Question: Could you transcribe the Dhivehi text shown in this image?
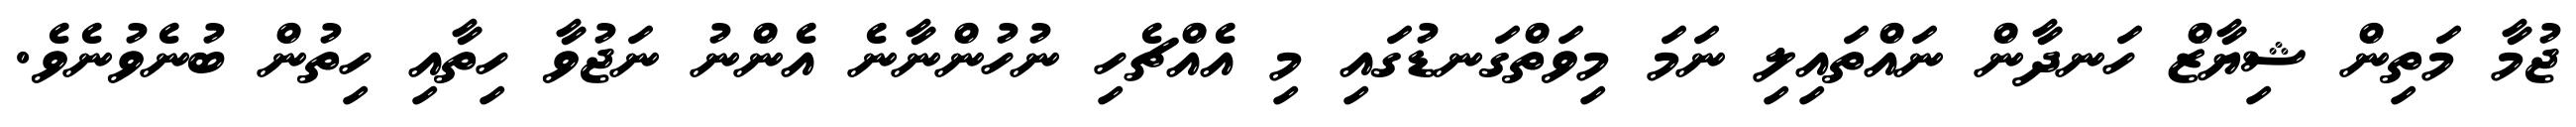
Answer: ޖުމާ މަތިން ޝިޔާޒް ހަނދާން ނައްތައިލި ނަމަ މިވަތްގަނޑުގައި މި އެއްޗެހި ނުހުންނާނެ އެންނު ނަޖުވާ ހިތާއި ހިތުން ބުނެވުނެވެ.